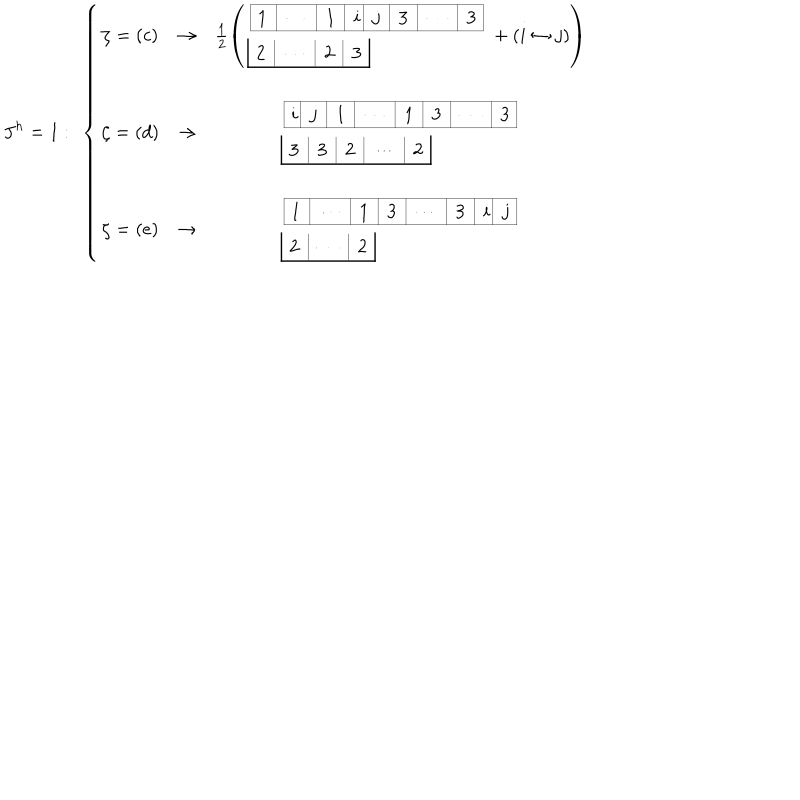
LaTeX: J ^ { h } = 1 : \ \left\{ \begin{array} { c c c } { { \zeta = ( c ) } } & { { \to } } & { { \frac { 1 } { 2 } \left( \begin{array} { l } { { \begin{array} { | c | c | c | c | c | c | c | c | } \hline { { 1 } } & { { \cdots } } & { { 1 } } & { { \hspace { . 0 3 c m } i \hspace { . 0 3 c m } } } & { { j } } & { { 3 } } & { { \cdots } } & { { 3 } } \\ \hline { { } } \\ \end{array} } } \\ { { \begin{array} { | c | c | c | c | c | } { { 2 } } & { { \cdots } } & { { 2 } } & { { 3 } } \\ \hline { { } } \\ \end{array} } } \\ \end{array} + ( i \leftrightarrow j ) \right) } } \\ { { } } & { { } } & { { } } \\ { { \zeta = ( d ) } } & { { \to } } & { { \begin{array} { l } { { \begin{array} { | c | c | c | c | c | c | c | c | } \hline { { \hspace { . 0 3 c m } i \hspace { . 0 4 c m } } } & { { j } } & { { 1 } } & { { \cdots } } & { { 1 } } & { { 3 } } & { { \cdots } } & { { 3 } } \\ \hline { { } } \\ \end{array} } } \\ { { \begin{array} { | c | c | c | c | c | c | } { { 3 } } & { { 3 } } & { { 2 } } & { { \cdots } } & { { 2 } } \\ \hline { { } } \\ \end{array} } } \\ \end{array} } } \\ { { } } & { { } } & { { } } \\ { { \zeta = ( e ) } } & { { \to } } & { { \begin{array} { l } { { \begin{array} { | c | c | c | c | c | c | c | c | } \hline { { 1 } } & { { \cdots } } & { { 1 } } & { { 3 } } & { { \cdots } } & { { 3 } } & { { \hspace { . 0 3 c m } i \hspace { . 0 3 c m } } } & { { j } } \\ \hline { { } } \\ \end{array} } } \\ { { \begin{array} { | c | c | c | c | } { { 2 } } & { { \cdots } } & { { 2 } } \\ \hline { { } } \\ \end{array} } } \\ \end{array} } } \\ \end{array} \right.